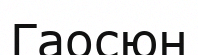
Гаосюн